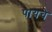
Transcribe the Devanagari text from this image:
पायचे